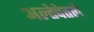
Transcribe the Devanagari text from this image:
अल्तेपेतले